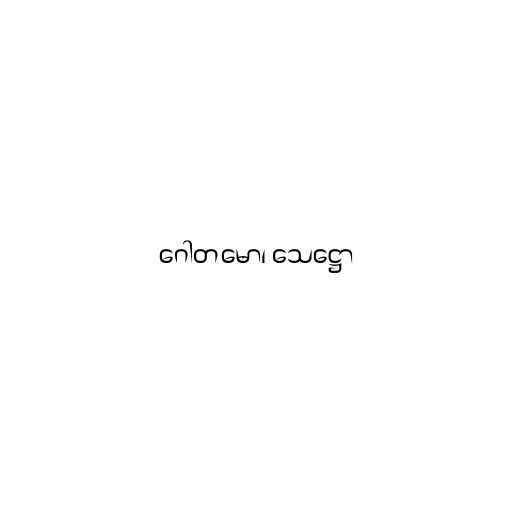
ဂေါတမော၊ သေဋ္ဌော